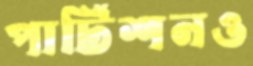
পার্টিশনও